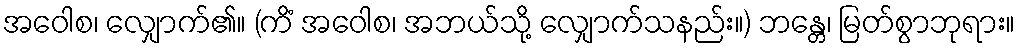
အဝေါစ၊ လျှောက်၏။ (ကိံ အဝေါစ၊ အဘယ်သို့ လျှောက်သနည်း။) ဘန္တေ၊ မြတ်စွာဘုရား။